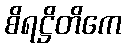
စိရဋ္ဌိတိကေ